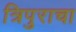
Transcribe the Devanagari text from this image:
त्रिपुराचा